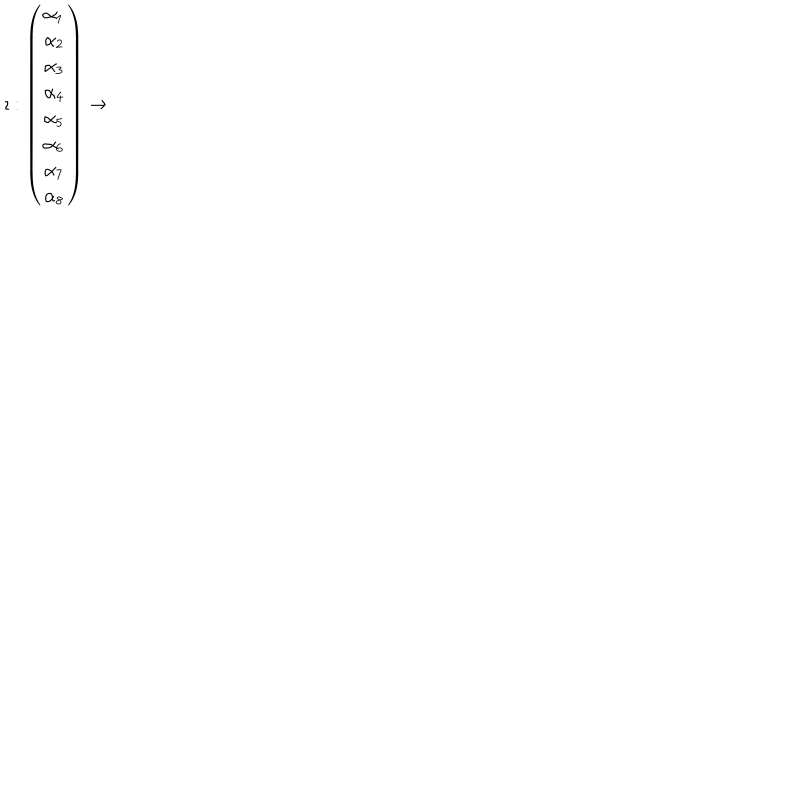
\imath : \left( \begin{matrix} { { \alpha _ { 1 } } } \\ { { \alpha _ { 2 } } } \\ { { \alpha _ { 3 } } } \\ { { \alpha _ { 4 } } } \\ { { \alpha _ { 5 } } } \\ { { \alpha _ { 6 } } } \\ { { \alpha _ { 7 } } } \\ { { \alpha _ { 8 } } } \\ \end{matrix} \right) \rightarrow